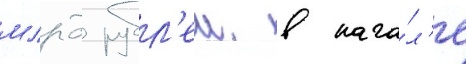
млрд рубл'еи. в нача́л'е